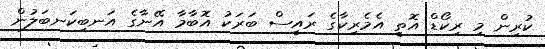
ކުރިން މި ރިކޯޑް އޮތީ އެމެރިކާގެ ރައީސް ބަރަކު އޮބާމާ އޭނާގެ އަނބިކަނބަލުން